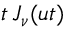
t \, J _ { \nu } ( u t )